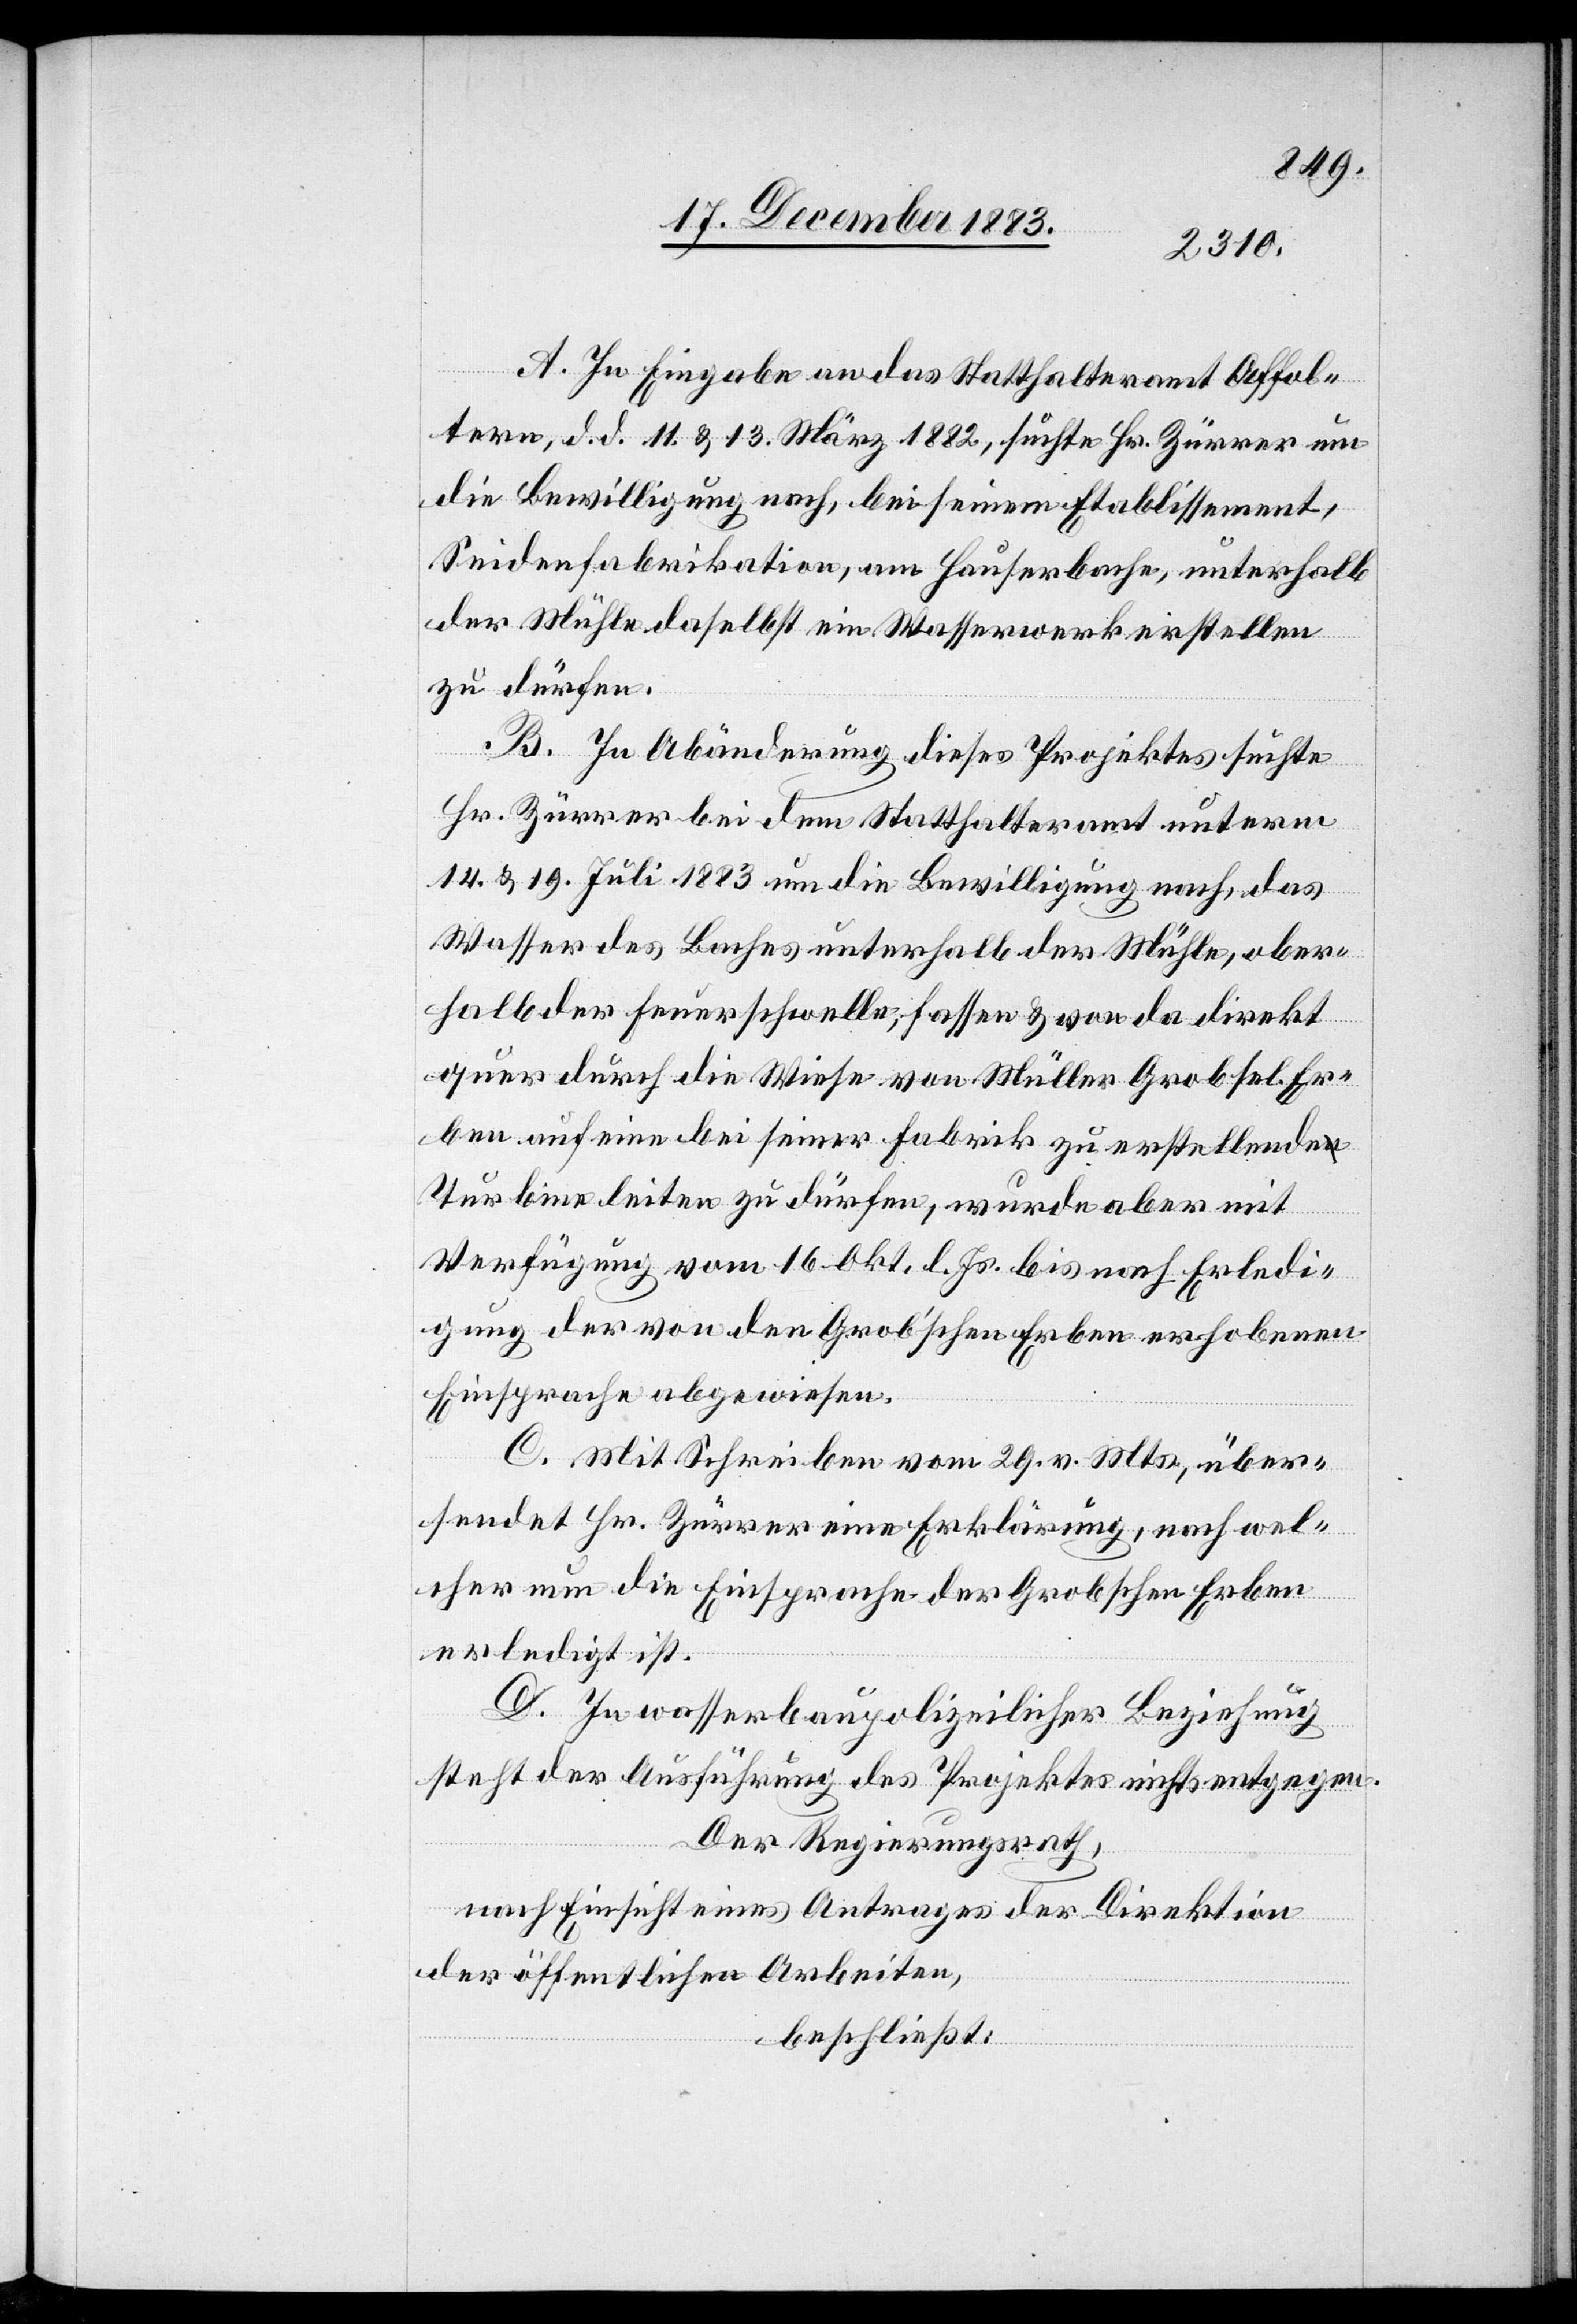
A. In Eingabe an das Statthalteramt Affol¬
tern, d. d. 11. & 12. März 1882, suchte Hr. Zürrer um
die Bewilligung nach, bei seinem Etablissement,
Seidenfabrikation, am Hauserbache, unterhalb
der Mühle daselbst ein Wasserwerk erstellen
zu dürfen.
B. In Abänderung dieses Projektes suchte
Hr. Zürrer bei dem Statthalteramt unterm
14. & 19. Juli 1883 um die Bewilligung nach, das
Wasser des Baches unterhalb der Mühle, ober¬
halb der Feuerschwelle, fassen & von da direkt
quer durch die Wiese von Müller-Grob sel. Er¬
ben auf eine bei seiner Fabrik zu erstellende
Turbine leiten zu dürfen, wurde aber mit
Verfügung vom 16. Okt. l. Js. bis nach Erledi¬
gung der von den Grob’schen Erben erhobenen
Einsprache abgewiesen.
C. Mit Schreiben vom 29. v. Mts., über¬
sendet Hr. Zürrer eine Erklärung, nach wel¬
cher nun die Einsprache der Grobschen Erben
erledigt ist.
D. In wasserbaupolizeilicher Beziehung
steht der Ausführung des Projektes nichts entgegen.
Der Regierungsrath,
nach Einsicht eines Antrages der Direktion
der öffentlichen Arbeiten,
beschließt: